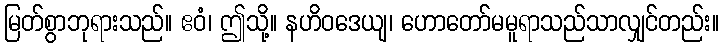
မြတ်စွာဘုရားသည်။ ဧဝံ၊ ဤသို့။ နဟိဝဒေယျ၊ ဟောတော်မမူရာသည်သာလျှင်တည်း။